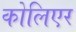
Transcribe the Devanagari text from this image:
कोलिएर